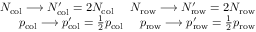
\begin{array} { r } { N _ { \mathrm { c o l } } \longrightarrow N _ { \mathrm { c o l } } ^ { \prime } = 2 N _ { \mathrm { c o l } } \- \ \- \ \- \ \- \ N _ { \mathrm { r o w } } \longrightarrow N _ { \mathrm { r o w } } ^ { \prime } = 2 N _ { \mathrm { r o w } } } \\ { p _ { \mathrm { c o l } } \longrightarrow p _ { \mathrm { c o l } } ^ { \prime } = \frac { 1 } { 2 } p _ { \mathrm { c o l } } \- \ \- \ \- \ \- \ p _ { \mathrm { r o w } } \longrightarrow p _ { \mathrm { r o w } } ^ { \prime } = \frac { 1 } { 2 } p _ { \mathrm { r o w } } } \end{array}